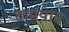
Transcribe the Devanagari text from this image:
कमयाब